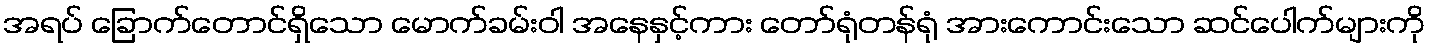
အရပ် ခြောက်တောင်ရှိသော မောက်ခမ်းဝါ အနေနှင့်ကား တော်ရုံတန်ရုံ အားကောင်းသော ဆင်ပေါက်များကို